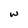
Character: w